Annual report on the Civil Veterinary Department, Burma (including the Insein Veterinary School) - 1910-1922
Year: 1910
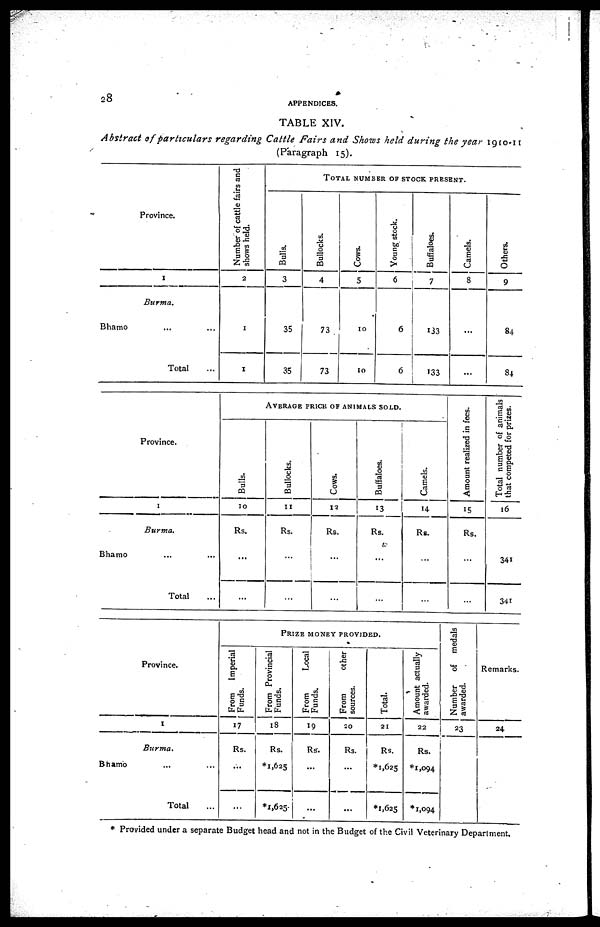
28
APPENDICES.
TABLE XIV.
Abstract of particulars
regarding Cattle Fairs and Shows held during the year 1910-11
(Paragraph 15).
Province.
1
Burma.
Bhamo ... ...
Total ...
Number of cattle fairs and
shows held.
2
1
1
TOTAL NUMBER OF STOCK PRESENT.
Bulls.
3
35
35
Bullocks.
4
73
73
Cows.
5
10
10
Young stock.
6
6
6
Buffaloes.
7
133
133
Camels.
8
...
...
Others.
9
84
84
Province.
1
Burma.
Bhamo ... ...
Total ...
AVERAGE PRICE OF ANIMALS SOLD.
Bulls.
10
Rs.
...
...
Bullocks.
11
Rs.
...
...
Cows.
12
Rs.
...
...
Buffaloes.
13
Rs.
...
...
Camels.
14
Rs.
...
...
Amount realized in fees.
15
Rs.
...
...
Total number of animals
that competed for prizes.
16
341
341
Province.
1
Burma.
Bhamo ... ...
Total ...
From Imperial
Funds.
17
Rs.
...
...
PRIZE MONEY PROVIDED.
From Provincial
Funds.
18
Rs.
*1,625
*1,625
From
Local
Funds.
19
Rs.
...
...
From
other
sources.
20
Rs.
...
...
Total.
21
Rs.
*1,625
*1,625
Amount actually
awarded.
22
Rs.
*1,094
*1,094
Number
of medals
awarded.
23
Remarks.
24
* Provided under a separate Budget head and not in the Budget of the Civil Veterinary Department,